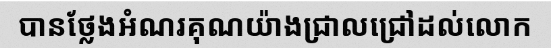
បានថ្លែងអំណរគុណយ៉ាងជ្រាលជ្រៅដល់លោក